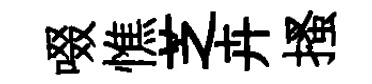
啜憔芝卉搔